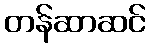
တန်ဆာဆင်